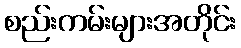
စည်းကမ်းများအတိုင်း